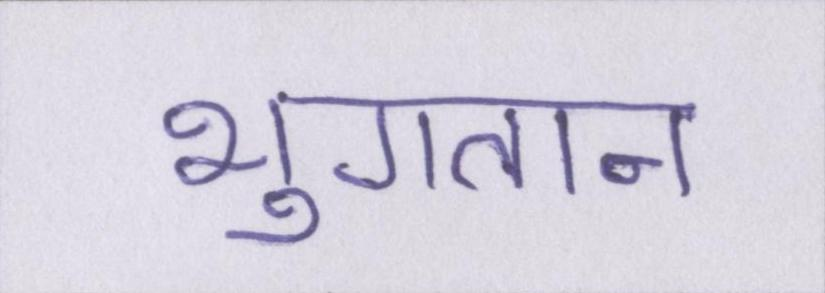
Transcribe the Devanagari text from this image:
भुगतान